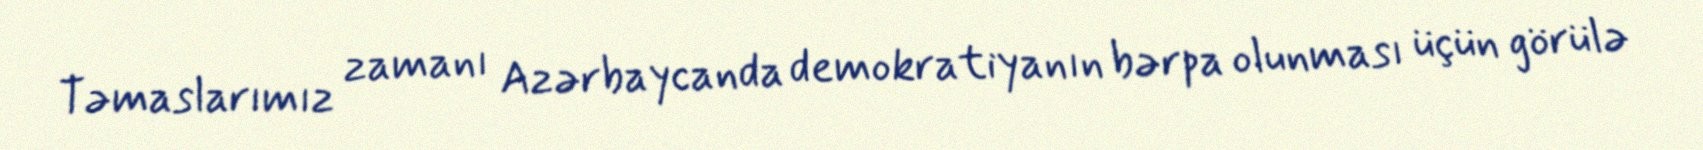
Təmaslarımız zamanı Azərbaycanda demokratiyanın bərpa olunması üçün görülə